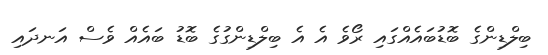
ބިލްޑިންގެ ބޮޑުބައެއްގައި ރޯވެ އެ އެ ބިލްޑިންގުގެ ބޮޑު ބައެއް ވެސް އަނދައި